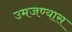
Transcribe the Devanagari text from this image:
उमजण्यास